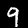
Digit: 9